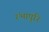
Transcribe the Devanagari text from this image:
रंभापुरि